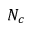
N _ { c }